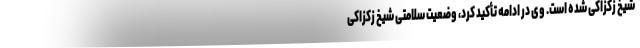
شیخ زکزاکی شده است. وی در ادامه تأکید کرد، وضعیت سلامتی شیخ زکزاکی